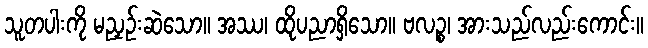
သူတပါးကို မညှဉ်းဆဲသော။ အဿ၊ ထိုပညာရှိသော။ ဗလဉ္စ၊ အားသည်လည်းကောင်း။